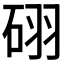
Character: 𥒉